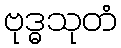
ဗုဒ္ဓသုတံ